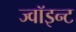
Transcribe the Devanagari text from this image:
ज्वॉइन्ट